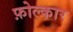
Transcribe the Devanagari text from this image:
फ़ोल्कार